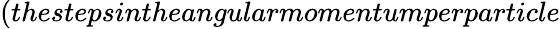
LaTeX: (thestepsintheangularmomentumperparticle